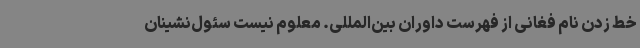
خط زدن نام فغانی از فهرست داوران بین‌المللی. معلوم نیست سئول‌نشینان